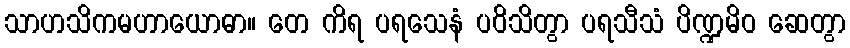
သာဟသိကမဟာယောဓာ။ တေ ကိရ ပရသေနံ ပဝိသိတွာ ပရသီသံ ပိဏ္ဍမိဝ ဆေတွာ